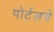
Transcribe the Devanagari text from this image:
पोर्टलचे